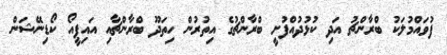
ފުވައްމުލަކު ބްރާންޗު އަދި ކުޅުދުއްފުށީ ބްރާންޗުގެ އިތުރުން ހިތަދޫ ބްރާންޗާއި އައިޕީއޯ ކޯޑިނޭޝަން